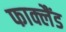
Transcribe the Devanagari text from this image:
फाक्लैंड